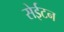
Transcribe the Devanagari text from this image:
सेईटन